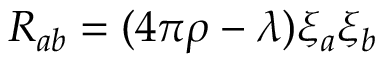
R _ { a b } = ( 4 \pi \rho - \lambda ) \xi _ { a } \xi _ { b }